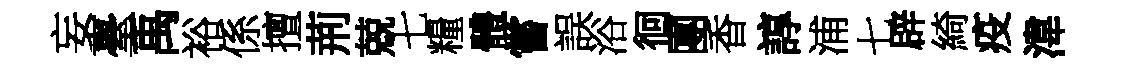
妄臺禹裕係擅荊兢七糧體嘗誤浴徊團香諄浦七辟綺疫湋